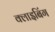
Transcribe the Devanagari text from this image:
क्लाइबिंग